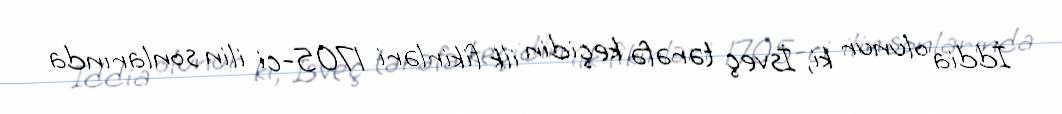
İddia olunur ki, İsveç tərəfə keçidin ilk fikirləri 1705-ci ilin sonlarında